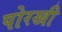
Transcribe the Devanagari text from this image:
पोरखी